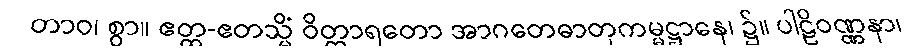
တာဝ၊ စွာ။ ဧတ္ထ-ဧတသ္မိံ ဝိတ္ထာရတော အာဂတေဓာတုကမ္မဋ္ဌာနေ၊ ၌။ ပါဠိဝဏ္ဏနာ၊